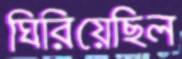
ঘিরিয়েছিল